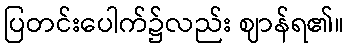
ပြတင်းပေါက်၌လည်း ဈာန်ရ၏။